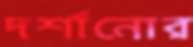
দর্শানোর